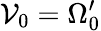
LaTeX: \mathcal{V}_{0}=\Omega_{0}^{\prime}